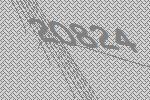
20824